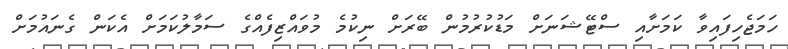
ހަމަޖެހިފައިވާ ކަމަށާއި ސްޓޭޝަނަށް މަޑުކުރުމުން ބޭރަށް ނިކުމެ މުވައްޒިފެއްގެ ސަމާލުކަމަށް އެކަން ގެނައުމަށް